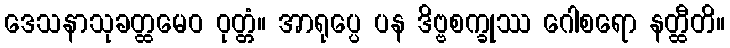
ဒေသနာသုခတ္ထမေဝ ဝုတ္တံ။ အာရုပ္ပေ ပန ဒိဗ္ဗစက္ခုဿ ဂေါစရော နတ္ထီတိ။